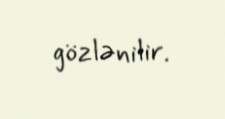
gözlənilir.